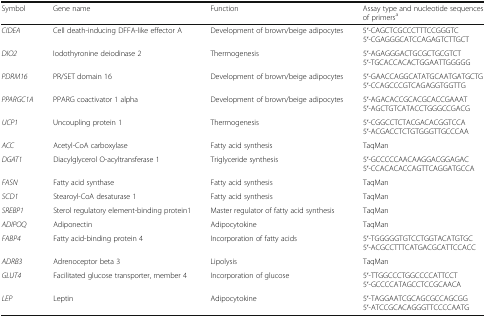
| Symbol | Gene name | Function | Assay type and nucleotide sequences of primersa |
 | --- | --- | --- | --- |
 | CIDEA | Cell death-inducing DFFA-like effector A | Development of brown/beige adipocytes | 5′-CAGCTCGCCCTTTCCGGGTC5′-CGAGGGCATCCAGAGTCTTGCT |
 | DIO2 | Iodothyronine deiodinase 2 | Thermogenesis | 5′-AGAGGGACTGCGCTGCGTCT5′-TGCACCACACTGGAATTGGGGG |
 | PDRM16 | PR/SET domain 16 | Development of brown/beige adipocytes | 5′-GAACCAGGCATATGCAATGATGCTG5′-CCAGCCCGTCAGAGGTGGTTG |
 | PPARGC1A | PPARG coactivator 1 alpha | Development of brown/beige adipocytes | 5′-AGACACCGCACGCACCGAAAT5′-AGCTGTCATACCTGGGCCGACG |
 | UCP1 | Uncoupling protein 1 | Thermogenesis | 5′-CGGCCTCTACGACACGGTCCA5′-ACGACCTCTGTGGGTTGCCCAA |
 | ACC | Acetyl-CoA carboxylase | Fatty acid synthesis | TaqMan |
 | DGAT1 | Diacylglycerol O-acyltransferase 1 | Triglyceride synthesis | 5′-GCCCCCAACAAGGACGGAGAC5′-CCACACACCAGTTCAGGATGCCA |
 | FASN | Fatty acid synthase | Fatty acid synthesis | TaqMan |
 | SCD1 | Stearoyl-CoA desaturase 1 | Fatty acid synthesis | TaqMan |
 | SREBP1 | Sterol regulatory element-binding protein1 | Master regulator of fatty acid synthesis | TaqMan |
 | ADIPOQ | Adiponectin | Adipocytokine | TaqMan |
 | FABP4 | Fatty acid-binding protein 4 | Incorporation of fatty acids | 5′-TGGGGGTGTCCTGGTACATGTGC5′-ACGCCTTTCATGACGCATTCCACC |
 | ADRB3 | Adrenoceptor beta 3 | Lipolysis | TaqMan |
 | GLUT4 | Facilitated glucose transporter, member 4 | Incorporation of glucose | 5′-TTGGCCCTGGCCCCATTCCT5′-GCCCCATAGCCTCCGCAACA |
 | LEP | Leptin | Adipocytokine | 5′-TAGGAATCGCAGCGCCAGCGG5′-ATCCGCACAGGGTTCCCCAATG |